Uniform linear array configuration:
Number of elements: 16
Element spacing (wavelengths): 0.5
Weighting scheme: hamming
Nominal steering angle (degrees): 0
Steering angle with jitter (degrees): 1.077
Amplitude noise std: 0.05
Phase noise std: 0.05

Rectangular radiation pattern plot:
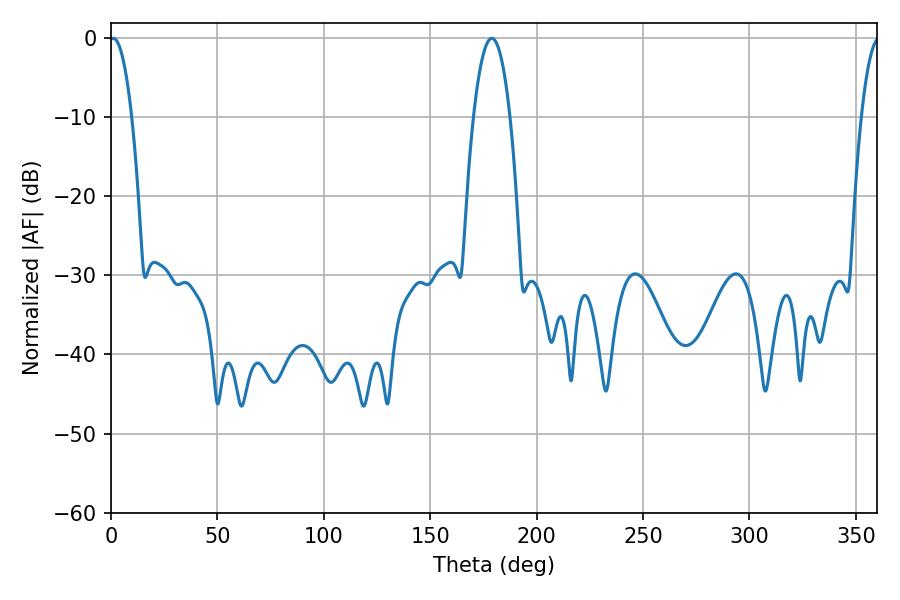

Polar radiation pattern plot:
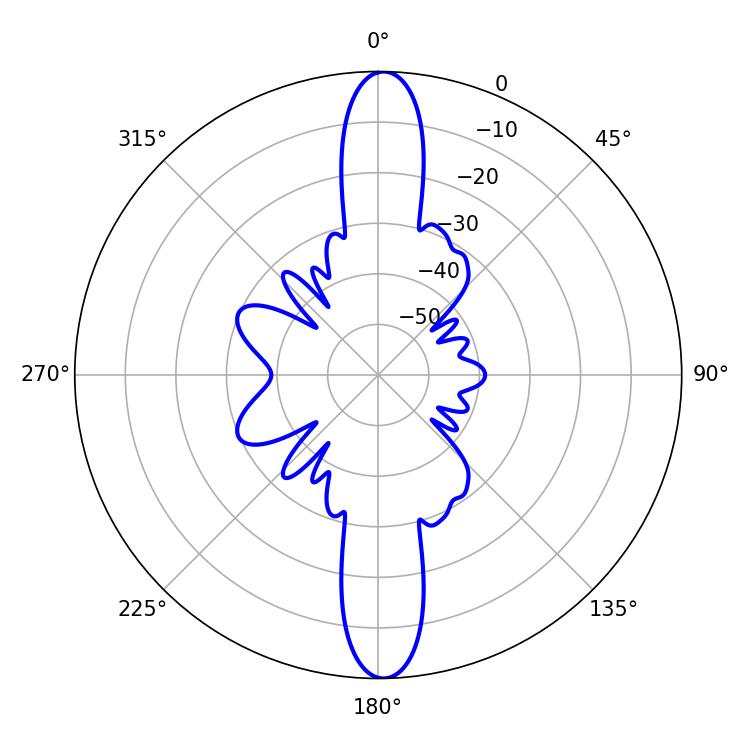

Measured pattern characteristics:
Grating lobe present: FALSE
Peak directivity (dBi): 24.824
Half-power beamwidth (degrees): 5.76
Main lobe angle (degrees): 1.08